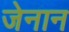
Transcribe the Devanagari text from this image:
जेनान